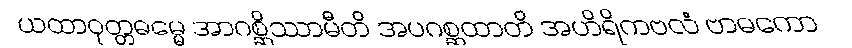
ယထာဝုတ္တဓမ္မေ အာဂစ္ဆိဿာမီတိ အပဂစ္ဆထာတိ အဟိရိကဗလံ ဗာဓကော